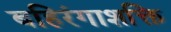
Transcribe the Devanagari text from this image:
बहिरंगाशक्ति